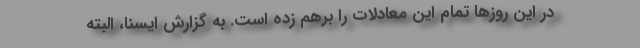
در این روزها تمام این معادلات را برهم زده است. به گزارش ایسنا، البته